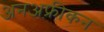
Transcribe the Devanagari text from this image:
अनअफ़्रीकन